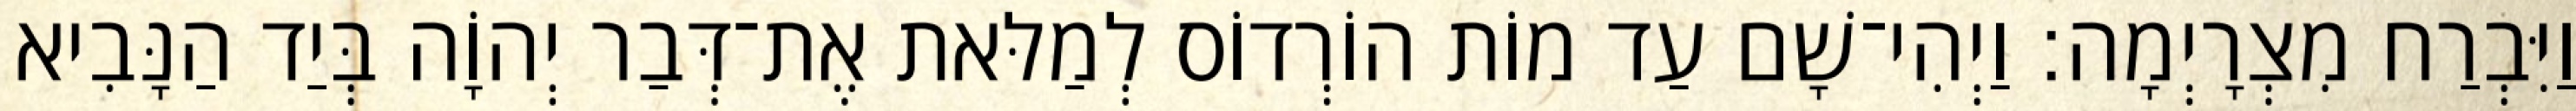
וַיִּבְרַח מִצְרָיְמָה׃ וַיְהִי־שָׁם עַד מוֹת הוֹרְדוֹס לְמַלּאת אֶת־דְּבַר יְהוָֹה בְּיַד הַנָּבִיא